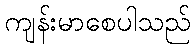
ကျန်းမာစေပါသည်